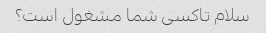
سلام تاکسی شما مشغول است؟